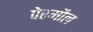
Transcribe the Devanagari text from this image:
पेरमौल